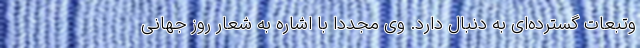
وتبعات گسترده‌ای به دنبال دارد. وی مجددا با اشاره به شعار روز جهانی